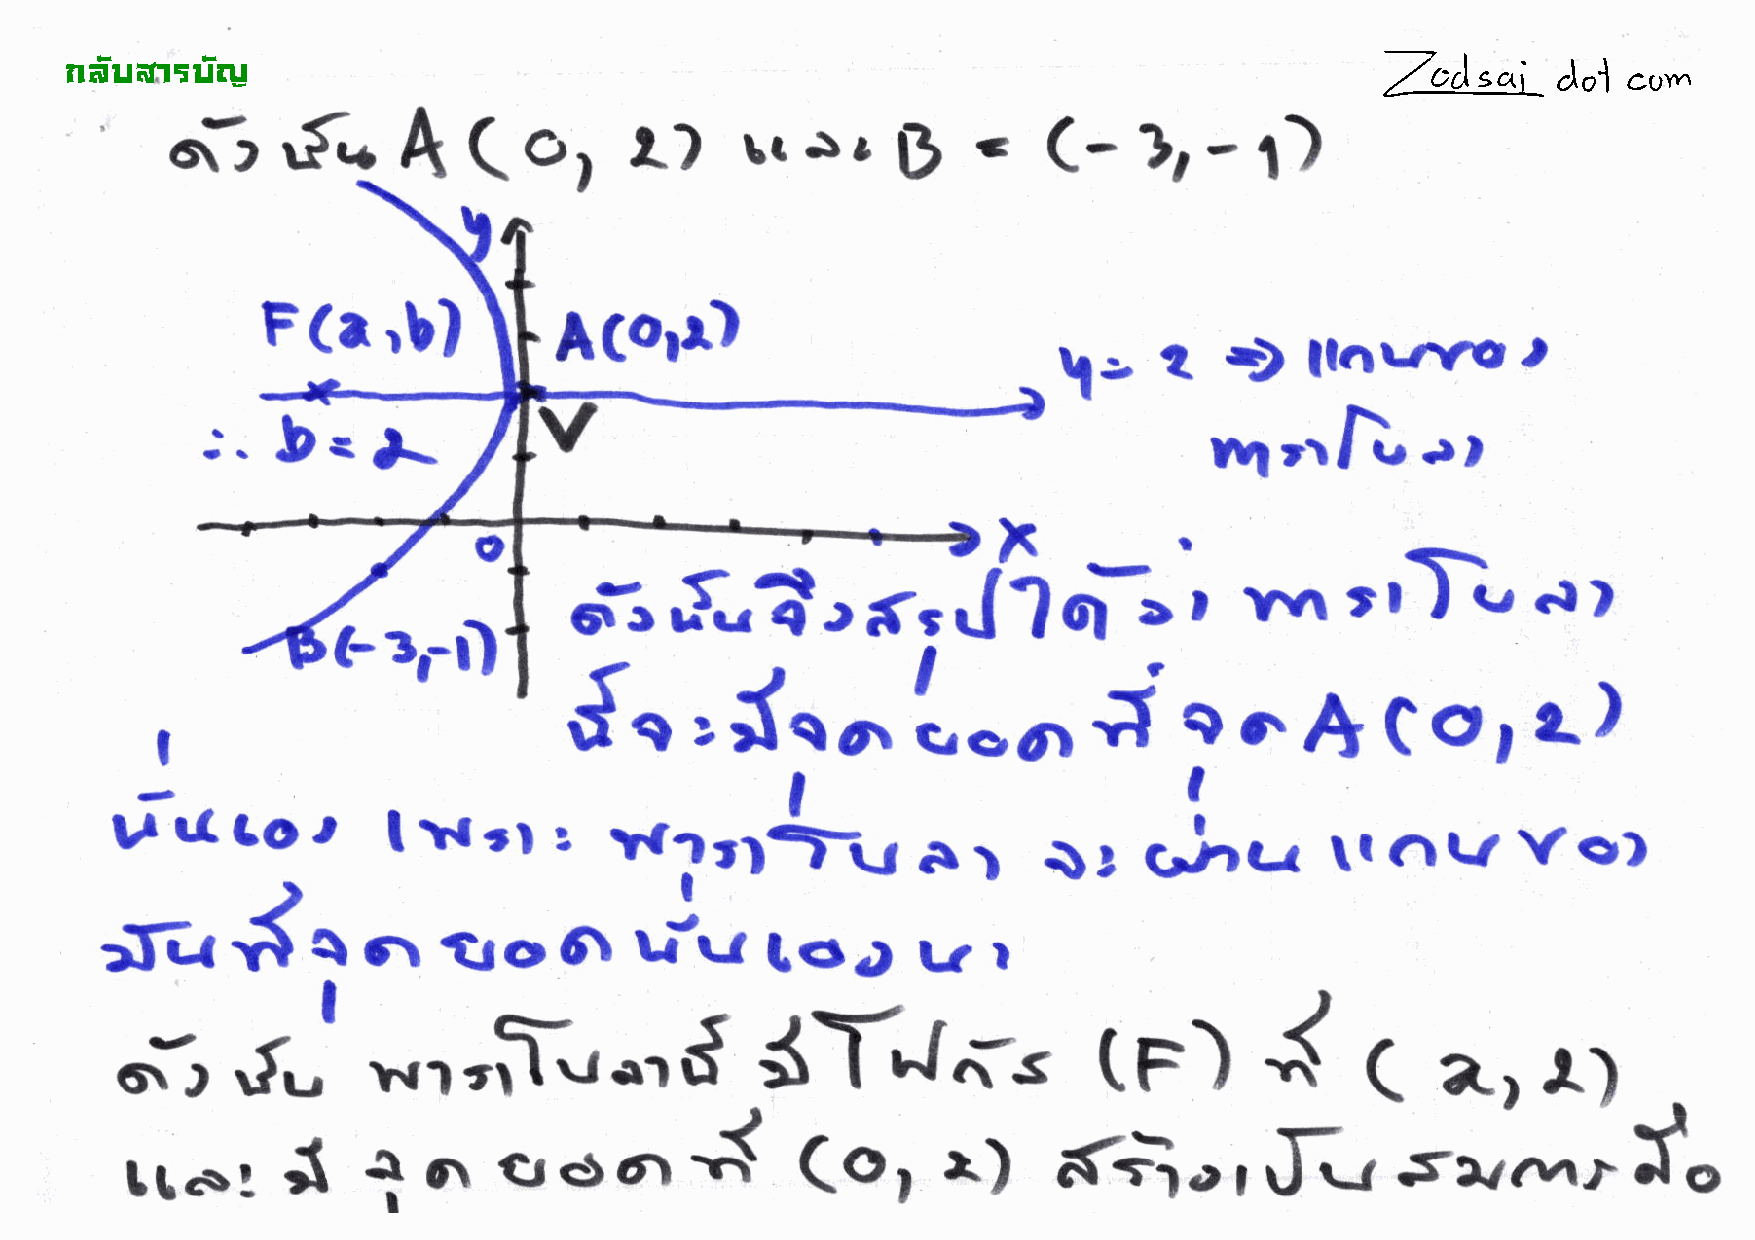
!"#$%&'$#(
 (   or     r)     \rs.            c   (-)r-l)
 f,rrA
 )                                           $
 (t\
 F(a,b)
 16orr)
 t   D     llrtrrw,
 \-:
 rr
 wlrrh
 D*
 J...
 xt
 o
 trT.,        ar
 o-t,.f.,?.rf,sJ?ol-o                     ,  Yn
 &ei-r)
 Sorjo^1.-^ioolcolr.)
 -t
 I
 Ur(co,             ltrrr.
 W?rlTvar
 Vs)
 .1l                    crtr
 Crhc.       tr
 )l
 5     q       tro          tr-rl    toa       u
 cr           6t
 ltr-.t
 r
 I                                                   (r)        I
 3T"I;t                                       arl)
 .rr'fiiotf
 c.-l    .f.,
 C
 ,
 rrcr^;(             (ol              f,-jr,,i-*
 tt.sl      J    461                                    e)                            swrr.r         To
 I